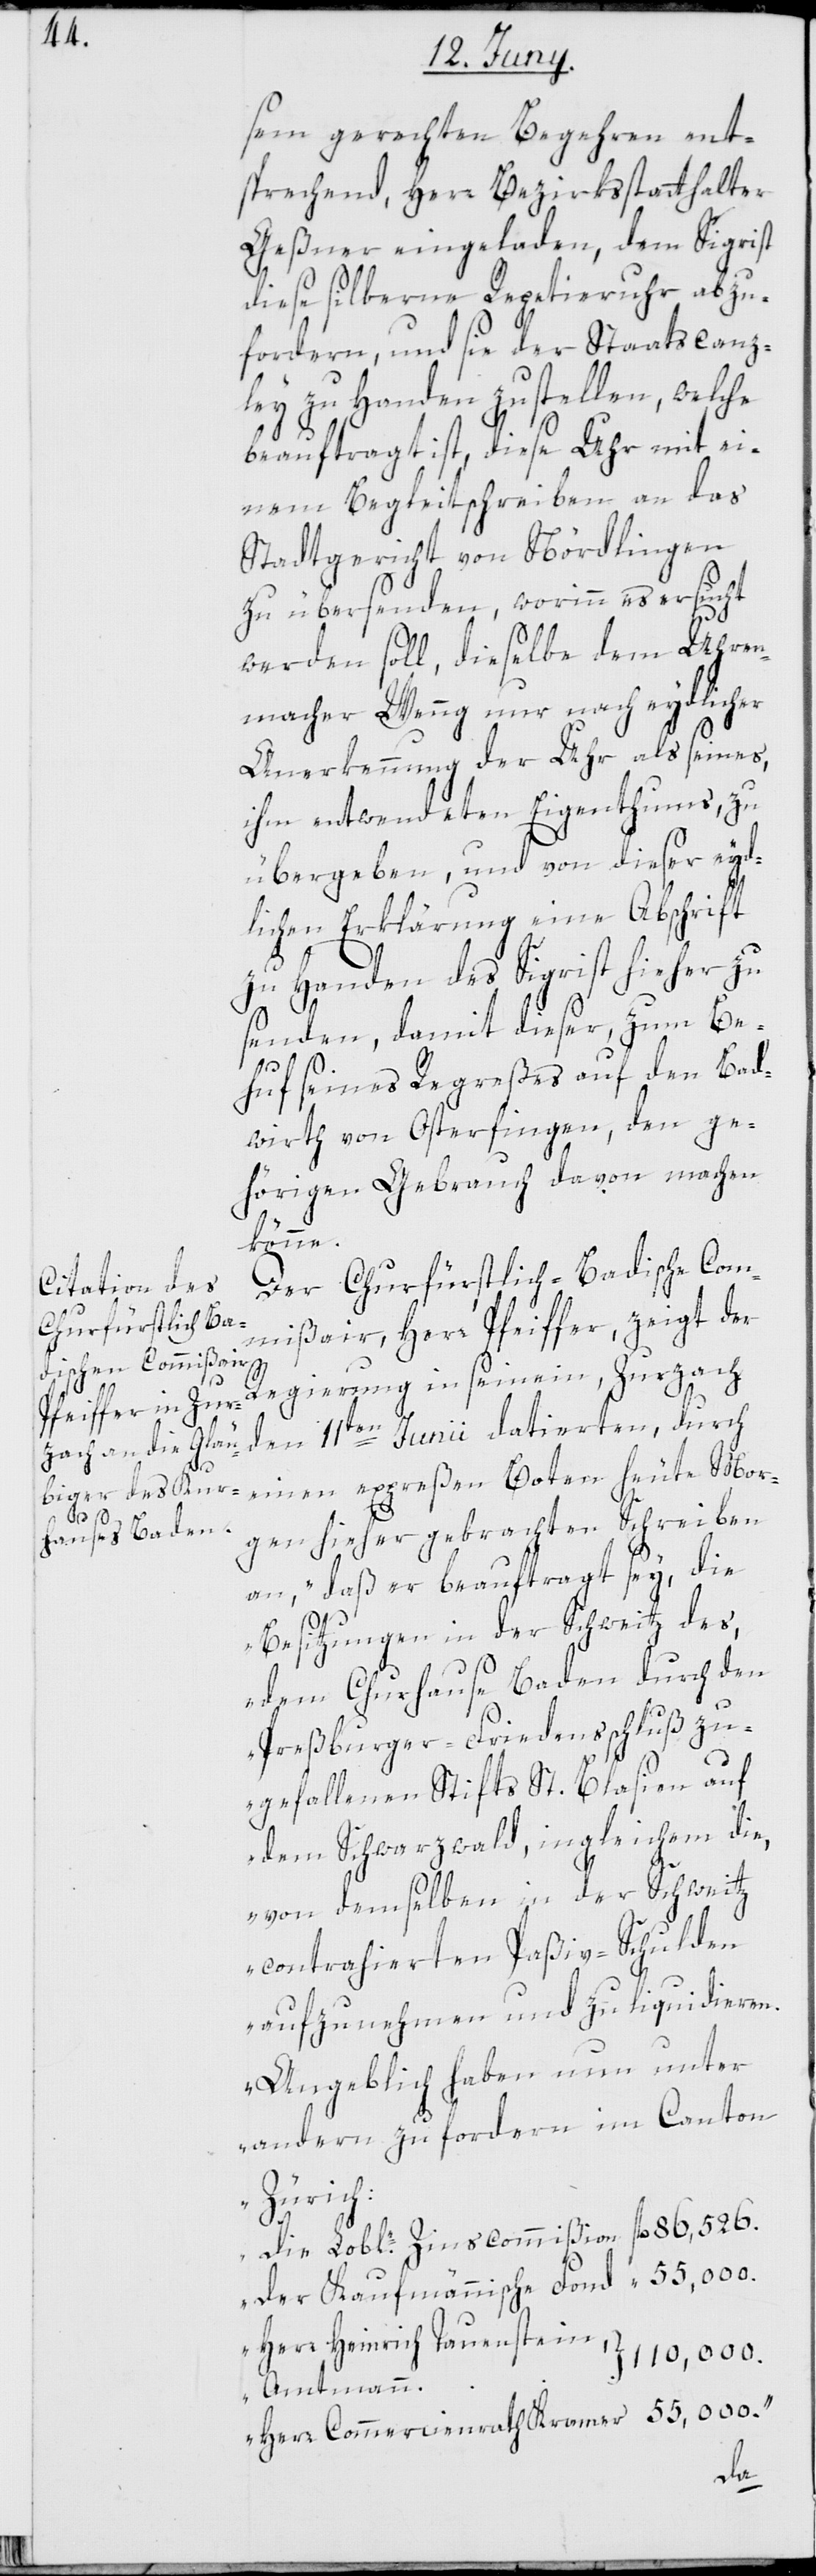
sem gerechten Begehren ent¬
sprechend, Herr Bezirksstatthalter
Geßner eingeladen, dem Sigrist
diese silberne Repetieruhr abzu¬
fordern, und sie der Staatscanz¬
ley zu Handen zustellen, welche
beauftragt ist, diese Uhr mit ei¬
nem Begleitschreiben an das
Stadtgericht von Nördlingen
zu übersenden, worinn es ersucht
werden soll, dieselbe dem Uhren¬
macher Wenng nur nach eydlicher
Anerkennung der Uhr als seines,
ihm entwendeten Eigenthums, zu
übergeben, und von dieser eyd¬
lichen Erklärung eine Abschrift
zu Handen des Sigrist hieher zu
senden, damit dieser, zum Be¬
huf seines Regreßes auf den Bad¬
wirth von Osterfingen, den ge¬
hörigen Gebrauch davon machen
könne.
Der Churfüstlich-Badische Com¬
mißair, Herr Pfeiffer, zeigt der
Regierung in seinem, Zurzach
den 11ten Junii datierten, durch
einen expreßen Boten heute Mor¬
gen hieher gebrachten Schreiben
an, „daß er beauftragt sey, die
Besitzungen in der Schweitz des,
dem Churhause Baden durch den
Preßburger-Friedensschluß zu¬
gefallenen Stifts St. Blasien auf
dem Schwarzwald, in gleichem die,
von demselben in der Schweitz
contrahierten Paßiv-Schulden
aufzunehmen und zu liquidieren.
Angeblich haben nun unter
andern zu fordern im Canton
Zürich:
Die Loble. Zinscommißion fl. 86,526.
Der Kaufmännische Fond “ 55,000.
Herr Heinrich Tauenstein,
110,000.
Amtmann,
Herr Commercienrath Kramer “ 55,000.